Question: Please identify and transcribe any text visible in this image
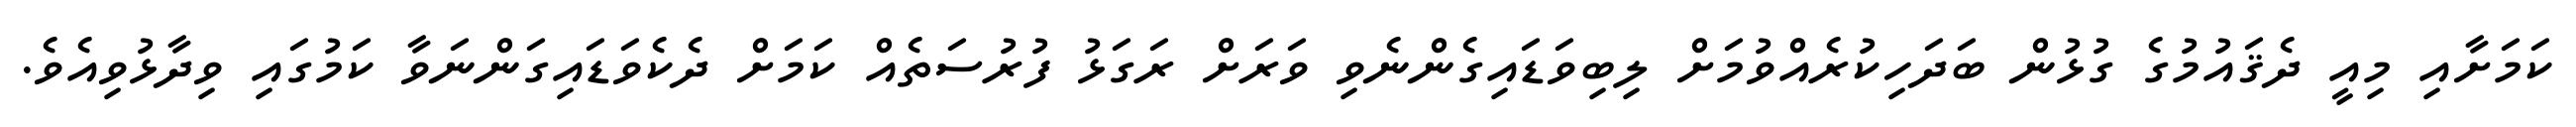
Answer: ކަމަށާއި މިއީ ދެޤައުމުގެ ގުޅުން ބަދަހިކުރެއްވުމަށް ލިބިވަޑައިގެންނެވި ވަރަށް ރަގަޅު ފުރުސަތެއް ކަމަށް ދެކެވަޑައިގަންނަވާ ކަމުގައި ވިދާޅުވިއެވެ.